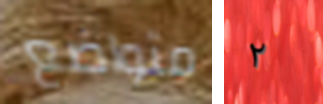
متواضع ٢